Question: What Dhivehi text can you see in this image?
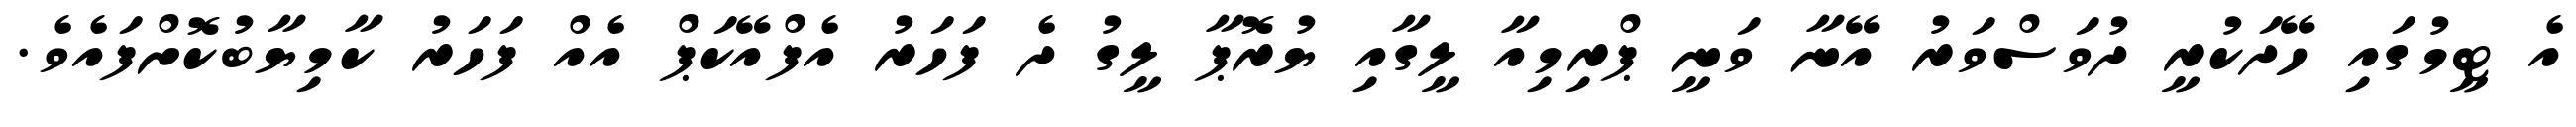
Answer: އެ ޓީމުގައި ހޭދަކުރީ ދުވަސްވަރު އޭނާ ވަނީ ޕްރިމިއާ ލީގާއި ޔުރޮޕާ ލީގު ދެ ފަހަރު އެފްއޭކަޕް އެއް ފަހަރު ކާމިޔާބުކޮށްފައެވެ.